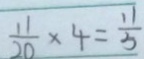
\frac { 1 1 } { 2 0 } \times 4 = \frac { 1 1 } { 5 }